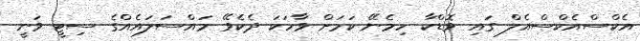
އެކްސްއެކްސްއެލް ގައި ވޮޑްކާ ހިމެނޭ ކަމަށް ވާހަކަ ދެކެވޭ މައްސަލައެއްގެ ސިޓީ ވަނީ